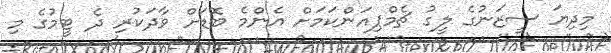
މިދިޔަ ސީޒަނުގެ ލީގު ޗެމްޕިއަންކަމަށް އެންމެ ބޮޑަށް ވާދަކުރި ދެ ޓީމުގެ މި